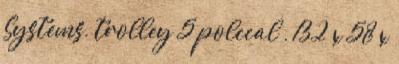
Systems, trolley 5 polccal , 132 x 58 x